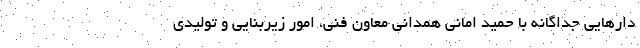
دارهایی جداگانه با حمید امانی همدانی معاون فنی، امور زیربنایی و تولیدی